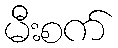
မီးစက်